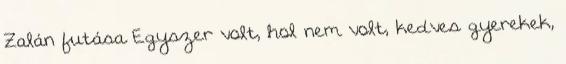
Zalán futása Egyszer volt, hol nem volt, kedves gyerekek,